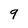
Character: 9